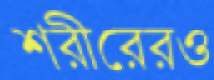
শরীরেরও